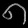
Digit: ၈